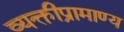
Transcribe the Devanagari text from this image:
व्यक्तीप्रामाण्य